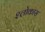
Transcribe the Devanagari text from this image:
श्लोकास